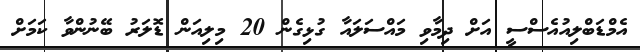
އެމްޑަބްލިއުއެސްސީ އަށް ދިމާވި މައްސަލައާ ގުޅިގެން 20 މިލިއަން ޑޮލަރު ބޭނުންވާ ކަމަށް